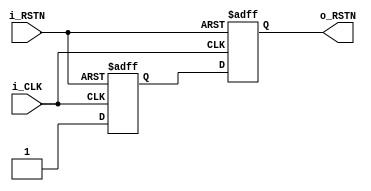
module async_rstn_synchronizer (
  input i_CLK,
  input i_RSTN,
  output reg o_RSTN
  );
  reg r_ff;

  always @ ( posedge i_CLK, negedge i_RSTN ) begin
    if(!i_RSTN) {o_RSTN, r_ff} <= 2'b0;
    else {o_RSTN, r_ff} <= {r_ff, 1'b1};
  end

endmodule //async_rst_n_synchronizer